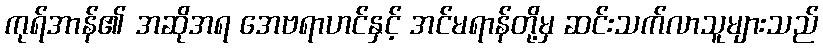
ကုရ်အာန်၏ အဆိုအရ အေဗရာဟင်နှင့် အင်မရာန်တို့မှ ဆင်းသက်လာသူများသည်